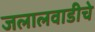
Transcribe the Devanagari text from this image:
जलालवाडीचे